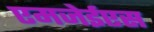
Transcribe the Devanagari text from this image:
एमजेईएस